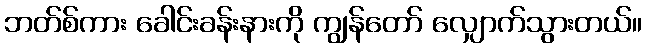
ဘတ်စ်ကား ခေါင်းခန်းနားကို ကျွန်တော် လျှောက်သွားတယ်။